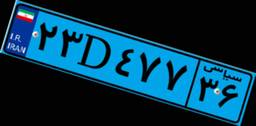
۲۳D۴۷۷۳۶